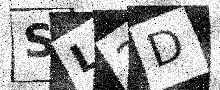
Text: SL2D